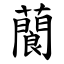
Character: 䕞